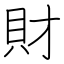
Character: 財